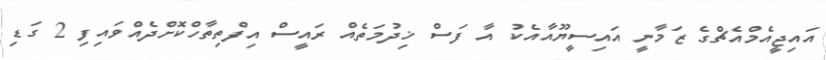
އައިޖީއެމްއެޗްގެ ޒަމާނީ އައިސީޔޫއާއެކު އާ ފަސް ޚިދުމަތެއް ރައީސް އިފްތިތާހްކޮށްދެއްވައިފި 2 ގަޑި